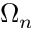
\Omega _ { n }